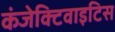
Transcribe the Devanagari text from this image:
कंजेक्टिवाइटिस